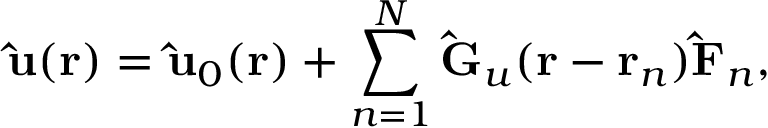
\mathbf { \hat { u } } ( \mathbf { r } ) = \mathbf { \hat { u } } _ { 0 } ( \mathbf { r } ) + \sum _ { n = 1 } ^ { N } \mathbf { \hat { G } } _ { u } ( \mathbf { r } - \mathbf { r } _ { n } ) \mathbf { \hat { F } } _ { n } ,